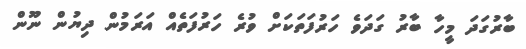
ބާރުގަދަ މީހާ ބާރު ގަދަވެ ހަރުފަތަކަށް ވުރެ ހަރުފަތެއް އަރަމުން ދިޔުން ނޫން